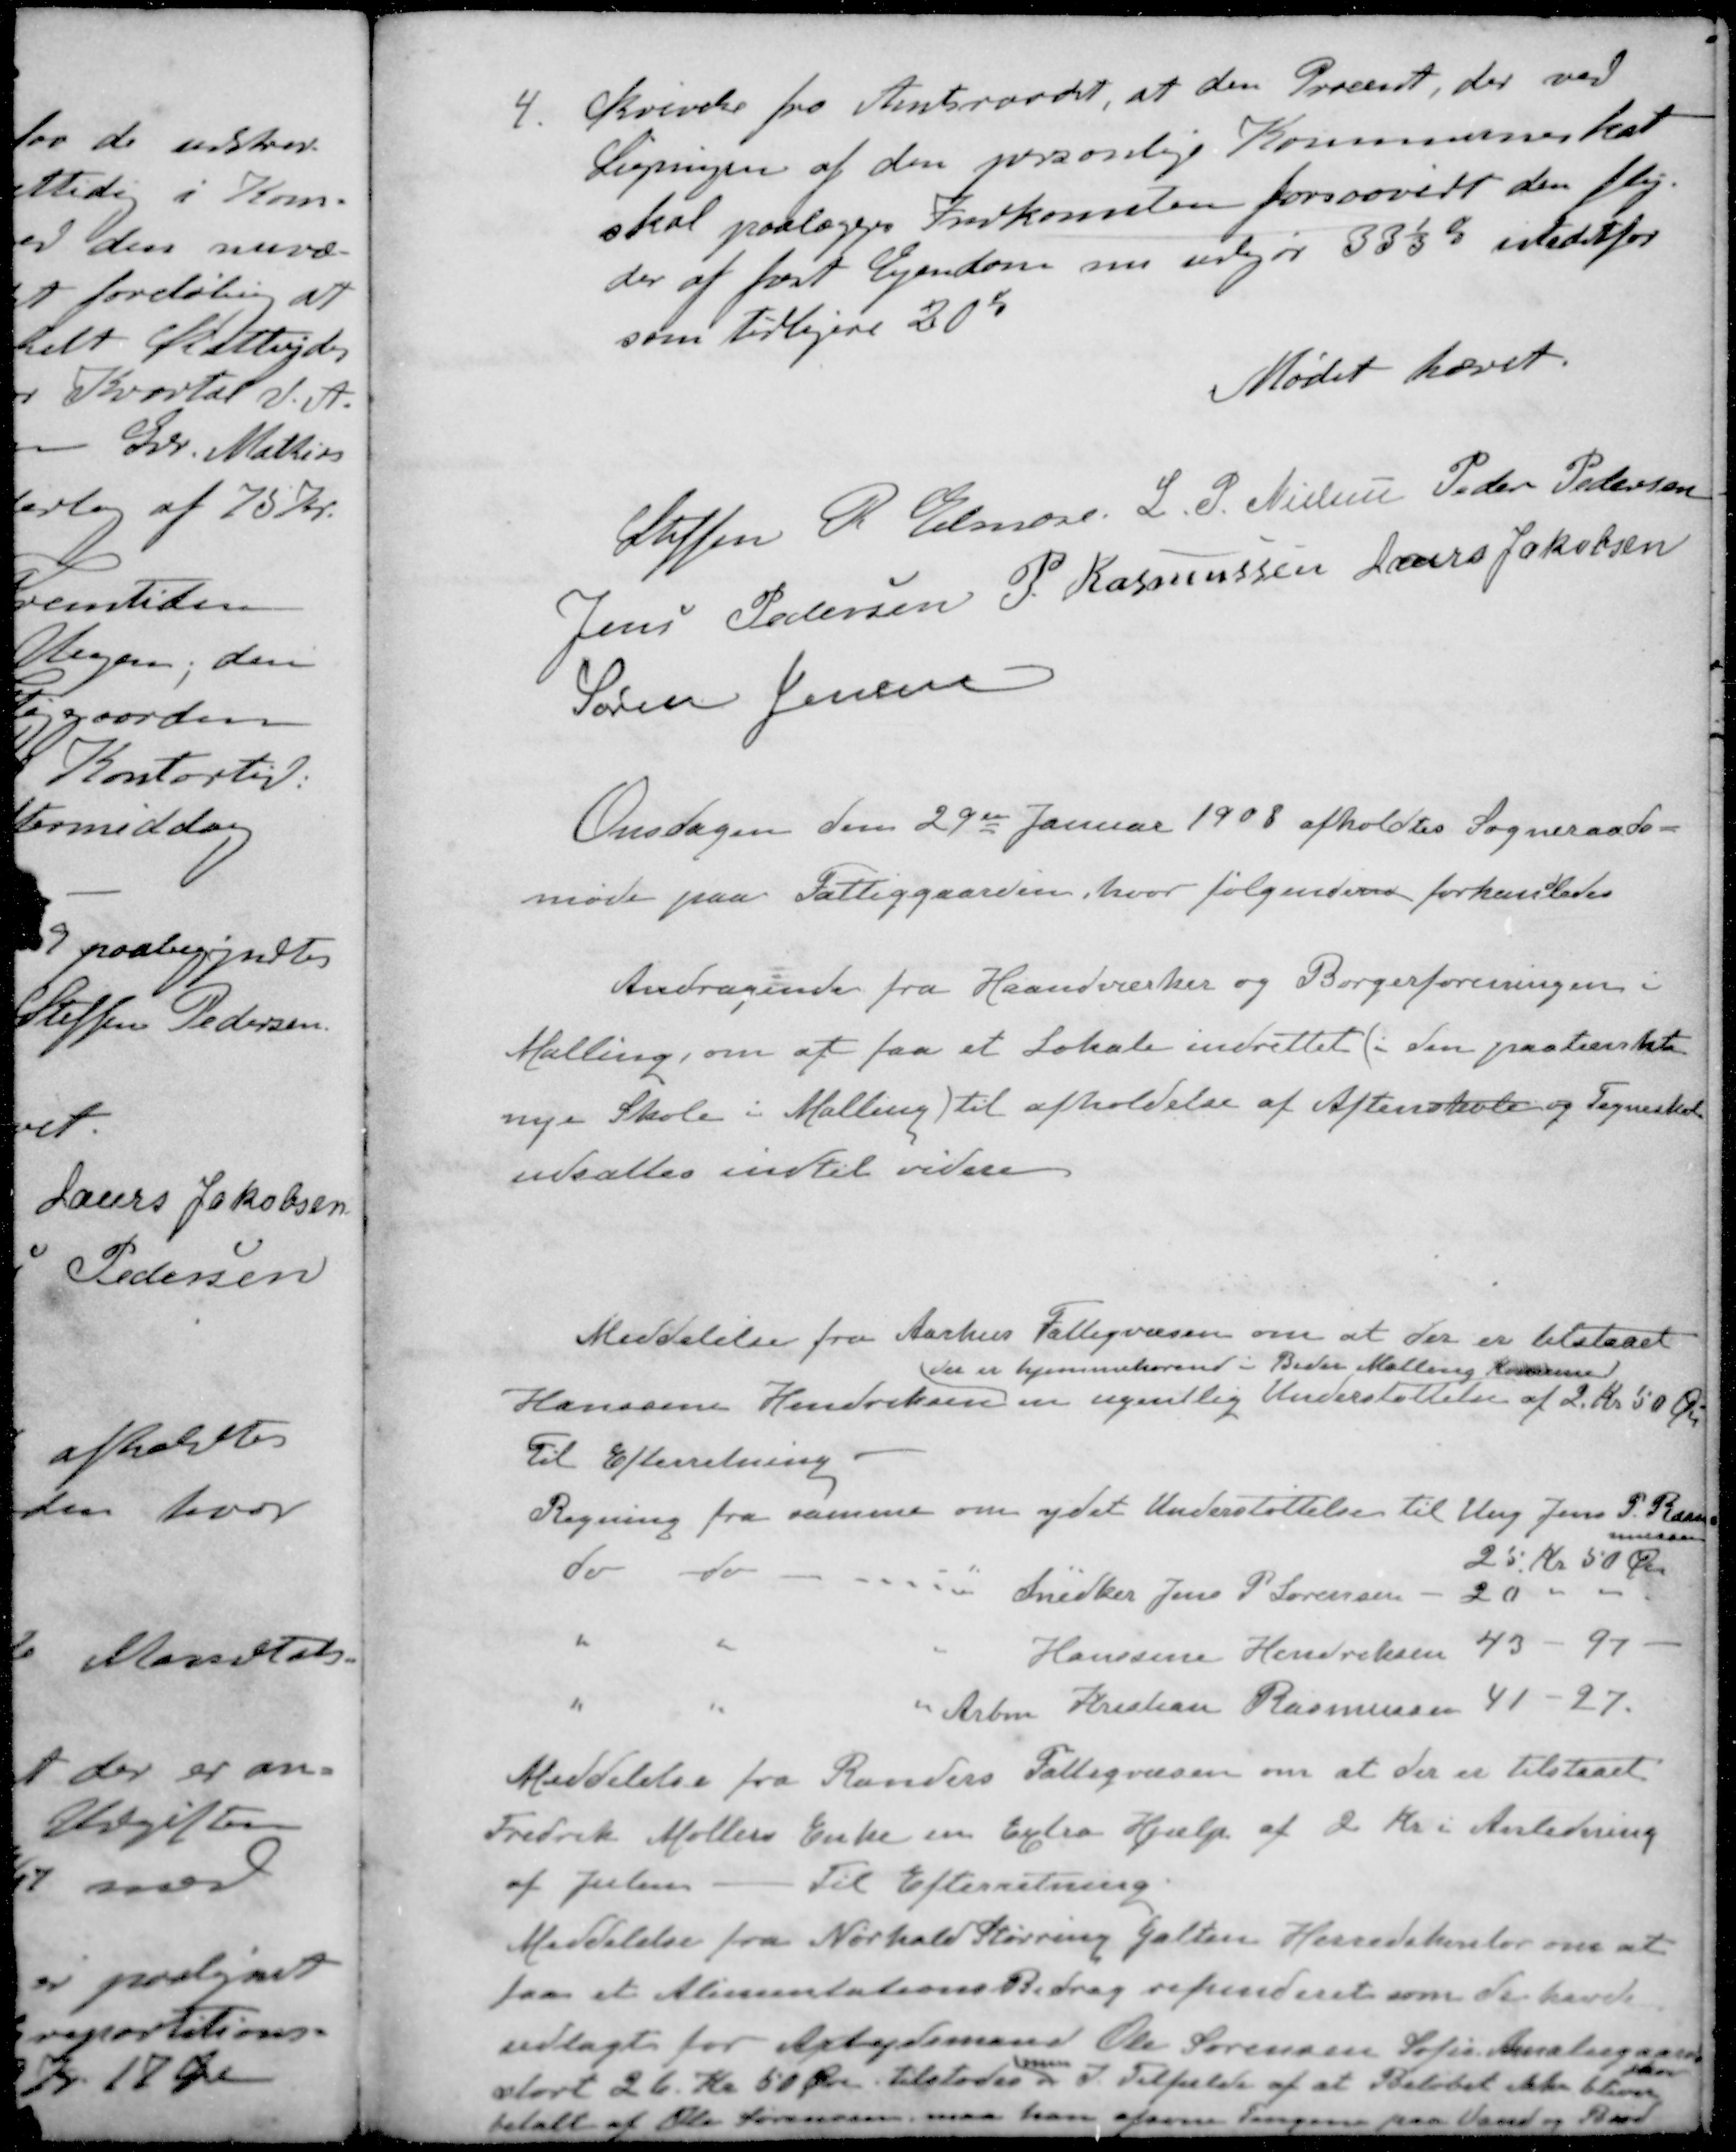
Transskription:
4. Skrivelse fra Amtsraadet, at den Procent, der ved
Ligningen af den personlige Kommuneskat
skal paalægges Indkomsten forsaavidt den fly-
der af fast Ejendom nu udgør 331/3 % istedetfor
som tidligere 20%
Mødet hævet.
Steffen P Elmose
L P Nielsen
Peder Pedersen
Jens Pedersen
P. Rasmussen
Laurs Jakobsen
Søren Jensen
Onsdagen den 29de Januar 1908 afholdtes Sogneraads-
møde paa Fattiggaarden, hvor følgende forhanledes
Andragende fra Haandværker og Borgerforeningen i
Malling, om at faa et Lokale indrettet (i den paatænkte
nye Skole i Malling) til afholdelse af Aftenskole og Tegneskole
udsattes indtil videre
Meddelelse fra Aarhus Fattigvæsen om at der er tilstaaet
der er hjemmehørende i Beder Malling Komune
Hanssine Hendriksen en ugentlig Understøttelse af 2 Kr. 50 Øre
Til Efterretning
Regning fra samme om ydet Understøttelse til Ung Jens P. Ras-
mussen
25 Kr 50 Øre
do do " Snedker Jens P Sørensen - 20 "
" " " Hanssine Hendriksen 43 - 97 -
" " " Arbm Kristian Rasmussen 41 - 27
Meddelelse fra Randers Fattigvæsen om at der er tilstaaet
Fredrik Møllers Enke en Extra Hjælp af 2 Kr i Anledning
af Julen
Til Efterretning
Meddelelse fra Nørhald Støvring Galten Herredskontor om at
faa et Alimentations Bidrag refunderet som de havde
udlagt for Arbejdsmand Ole Sørensen Sofie Amstergaar-
den
men
stort 26 Kr 50 Øre tilstodes I Tilfælde af at Beløbet ikke bliver
betalt af Ole Sørensen, maa han afsone Pengene paa Vand og Brød